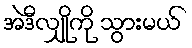
အဲဒီလျှိုကို သွားမယ်